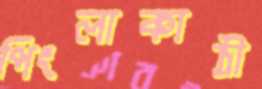
পিংলাকাঠী